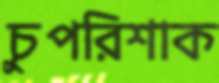
চুপরিশাক